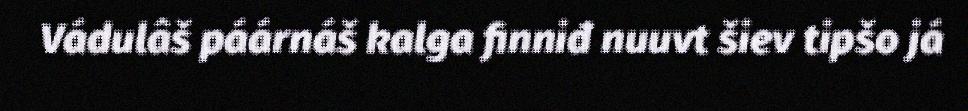
Vádulâš páárnáš kalga finniđ nuuvt šiev tipšo já